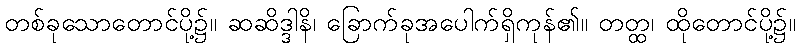
တစ်ခုသောတောင်ပို့၌။ ဆဆိဒ္ဒါနိ၊ ခြောက်ခုအပေါက်ရှိကုန်၏။ တတ္ထ၊ ထိုတောင်ပို့၌။